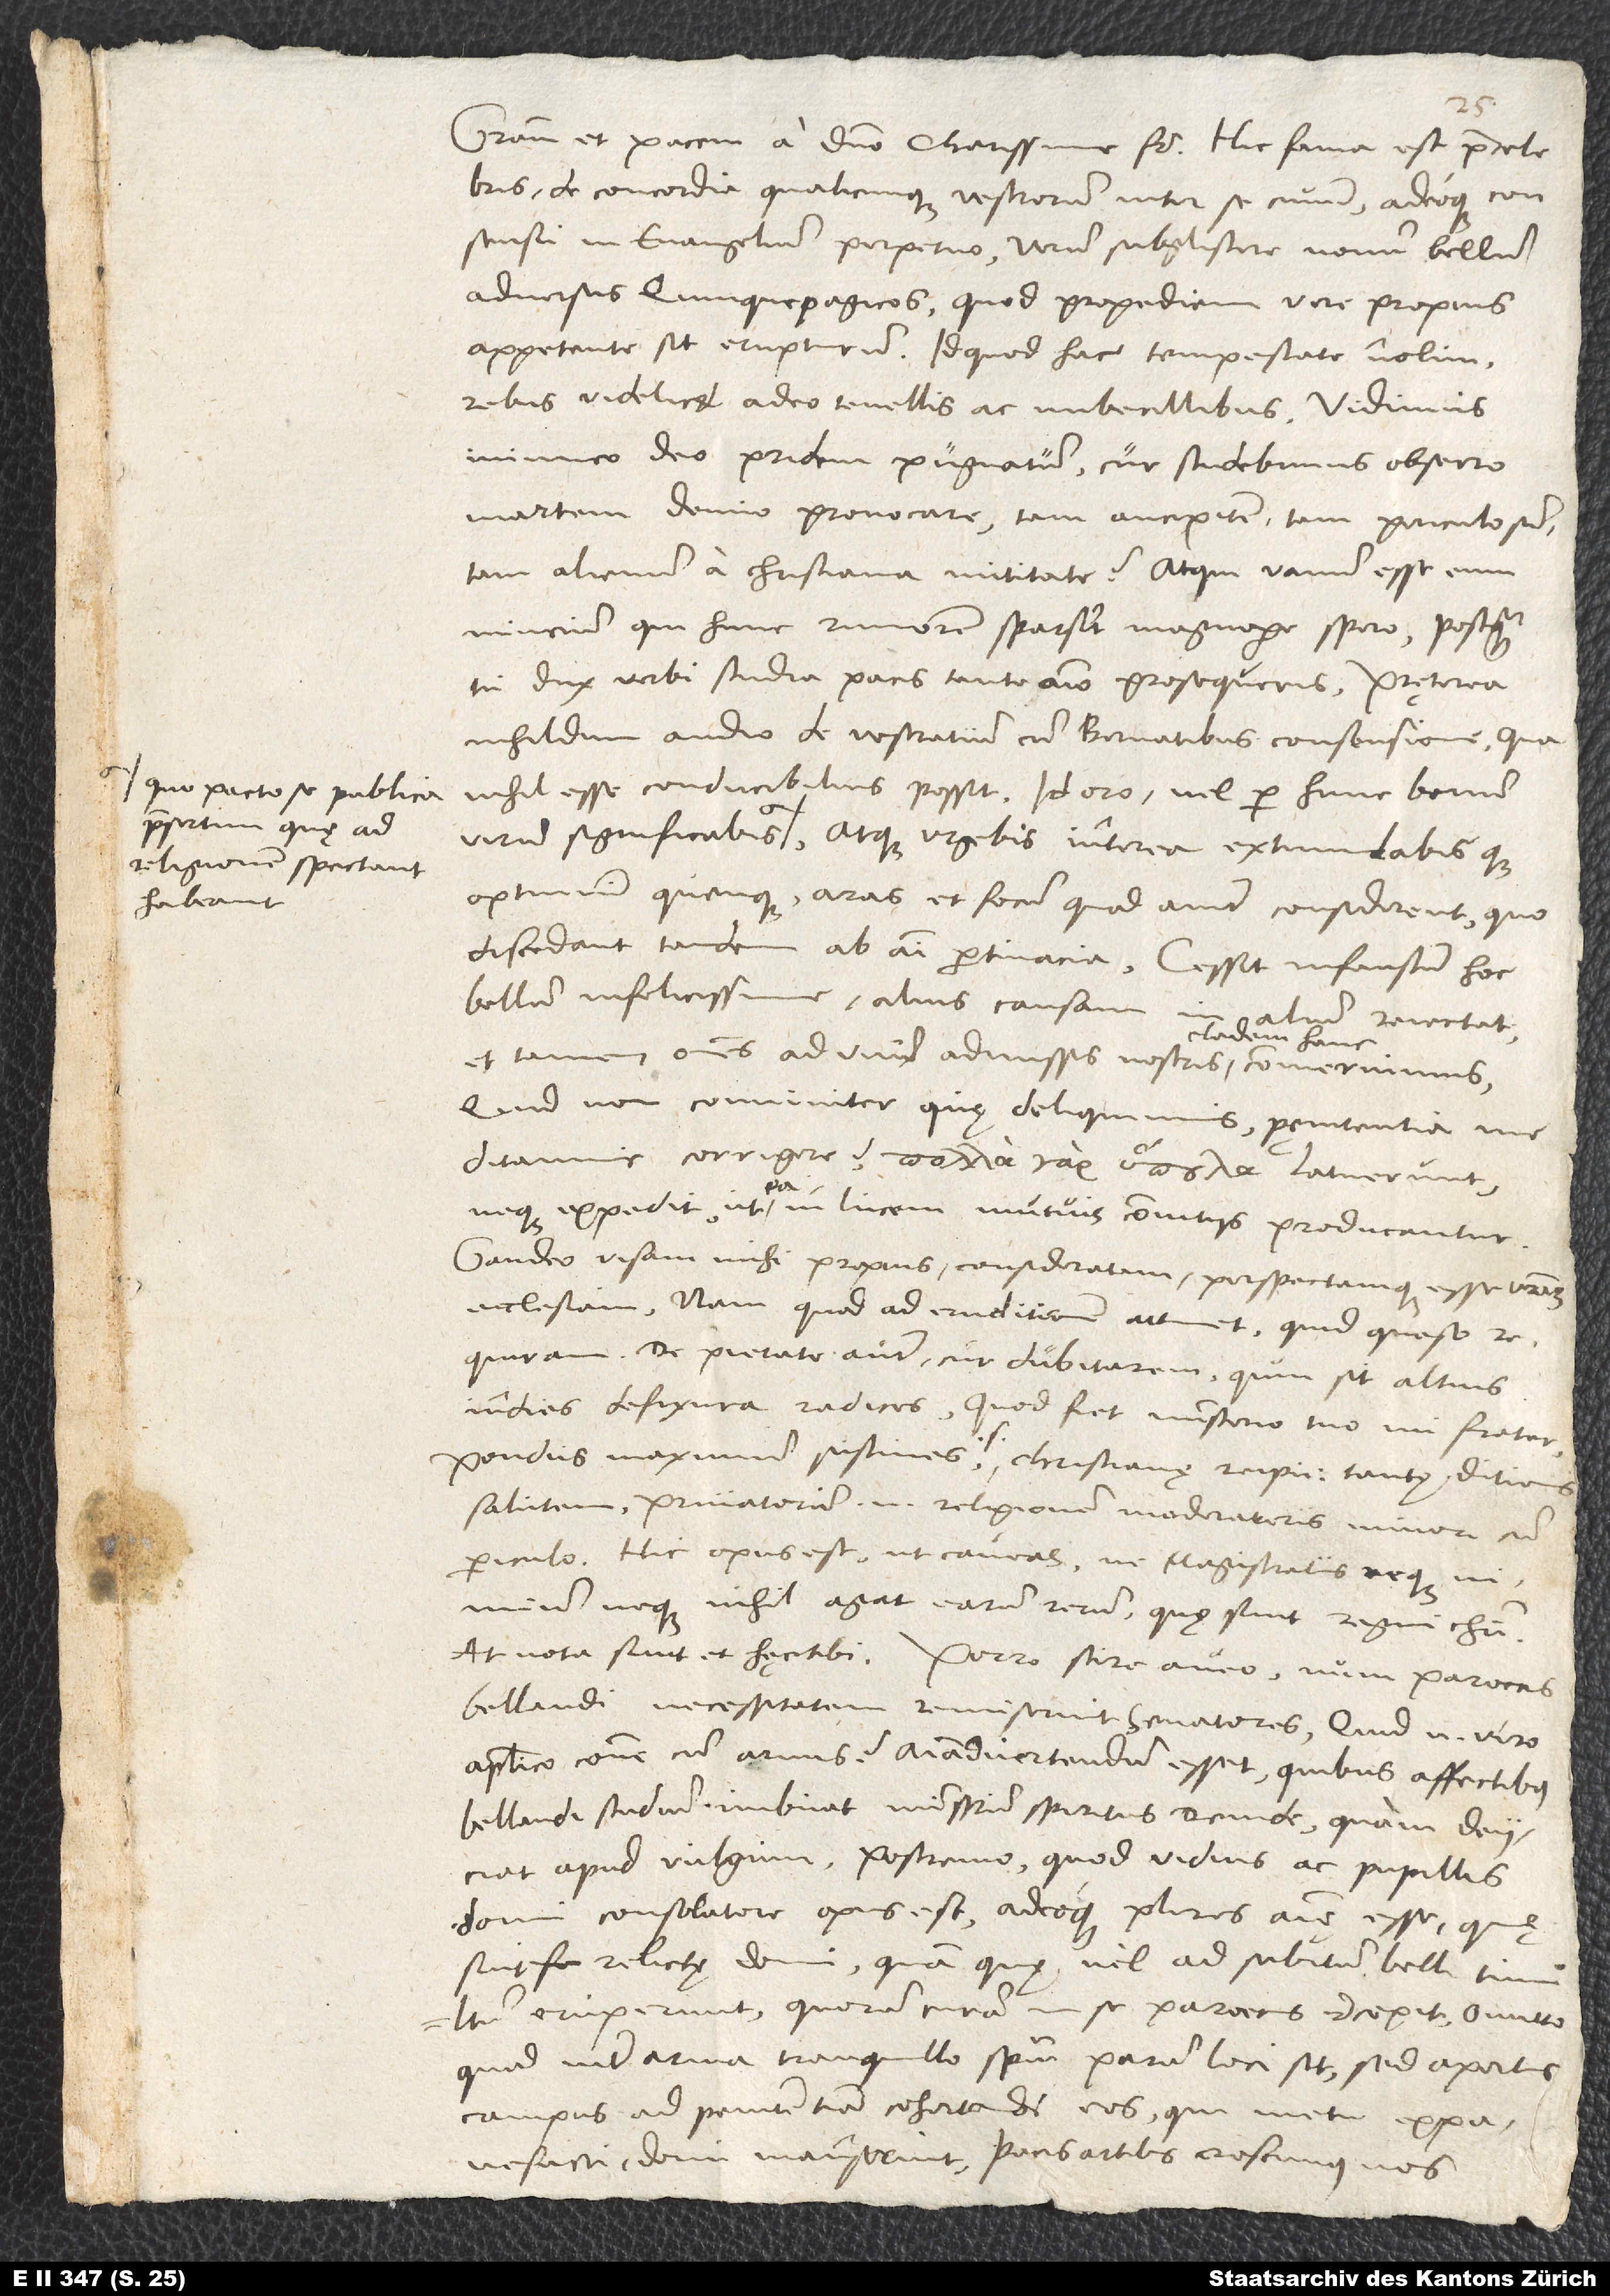
quo pacto se publica,
praesertim quę ad
religionem spectant,
habeant,

Gratiam et pacem a domino, charissime frater. Hic fama est praecelebris
de concordia qualicunque vestrorum inter se civium adeoque consensu
in evangelium perpetuo, verum subgliscere novum bellum
adversus Quinquepagicos, quod propediem vere propius
appetente sit erupturum. Id quod hac tempestate nolim,
rebus videlicet adeo tenellis ac imbecillibus. Vidimus
inimico deo pridem pugnatum. Cur studebimus, obsecro,
Martem denuo provocare tam ancipitem, tam periculosum,
tam alienum a christiana mititate? Atqui vanum esse eum
nuncium, qui hunc rumorem sparserit, magnopere spero, postquam
tu dux verbi studia pacis tanto animo prosequeris. Pręterea
nihildum audio de vestratium cum Bernatibus consensione, qua
nihil esse conducibilius possit. Id, oro, vel per hunc bonum
optimum quemque aras et focum, quod aiunt, considerent, quo
discedant tandem ab animi pertinacia. Cessit infaustum hoc
bellum infelicissime. Alius causam
in alium reiectat,
et tamen omnes ad unum admissis nostris cladem hanc commeruimus.
Quid non comuniter, quę deliquimus, pęnitentia
meditamur corrigere? , latuerunt,
neque expedit, ut ea in lucem mutuis convitiis producantur.
Gaudeo visam mihi propius consideratam perspectamque esse vestram
ecclesiam. Nam quod ad eruditionem attinet, quid, queso,
requiram? De pietate autem cur dubitarem, quin sit altius
in dies defixura radices? Quod fiet ministerio tuo, mi frater.
Pondus maximum sustines, scilicet christianę reipublicae tantę ditionis
salutem. Privatorum enim religionem moderareris minori cum
periculo. Hic opus est, ut caveas, ne magistratus neque
neque nihil agat earum rerum, quę sunt regni Christi.
At nota sunt et hęc tibi. Porro scire aveo, num paroecis
bellandi necessitatem remiserint senatores. Quid enim viro
apostolico commune cum armis? Animadvertendum esset, quibus affectibus
bellandi studium imbuat ministerium spiritus, deinde, quam deiiciat
apud vulgum, postremo, quod viduis ac pupillis
domi consolatore opus est, adeoque plures animę esse , quę
sint relictę domi, quam quę vel ad subitum belli tumultum
eruperunt. Quorum curam in se paroecus recepit. Omitto,
quod inter arma tranquillo spiritui parum loci sit, sed apertus
campus ad penitentiam cohortandi eos, qui metu expavefacti
domi manserint. Pacis artibus crescimus nos